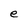
Character: e